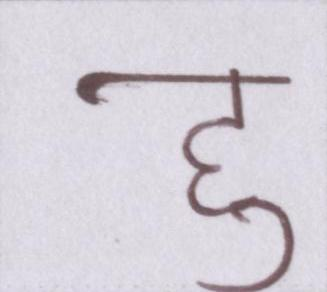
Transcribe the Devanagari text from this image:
हु